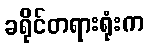
ခရိုင်တရားရုံးက